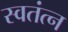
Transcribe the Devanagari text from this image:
स्वतंत्न